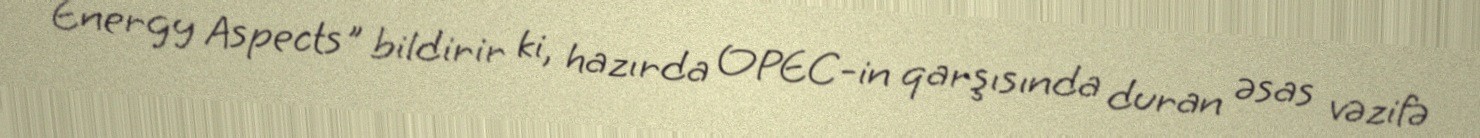
Energy Aspects" bildirir ki, hazırda OPEC-in qarşısında duran əsas vəzifə